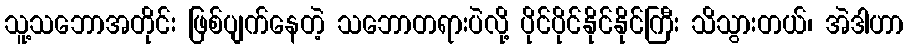
သူ့သဘောအတိုင်း ဖြစ်ပျက်နေတဲ့ သဘောတရားပဲလို့ ပိုင်ပိုင်နိုင်နိုင်ကြီး သိသွားတယ်၊ အဲဒါဟာ